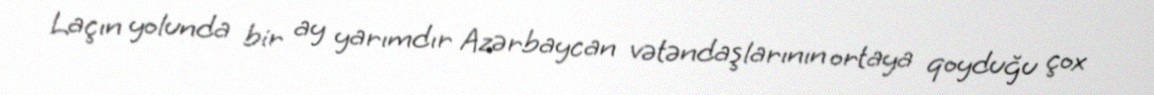
Laçın yolunda bir ay yarımdır Azərbaycan vətəndaşlarının ortaya qoyduğu çox